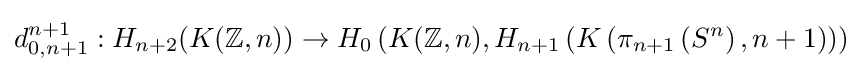
d_{0,n+1}^{n+1}:H_{n+2}(K(\mathbb {Z} ,n))\to H_{0}\left(K(\mathbb {Z} ,n),H_{n+1}\left(K\left(\pi _{n+1}\left(S^{n}\right),n+1\right)\right)\right)